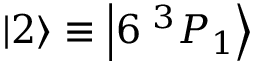
\ensuremath { \left| 2 \right\rangle } \equiv \ensuremath { \left| 6 \; ^ { 3 } P _ { 1 } \right\rangle }